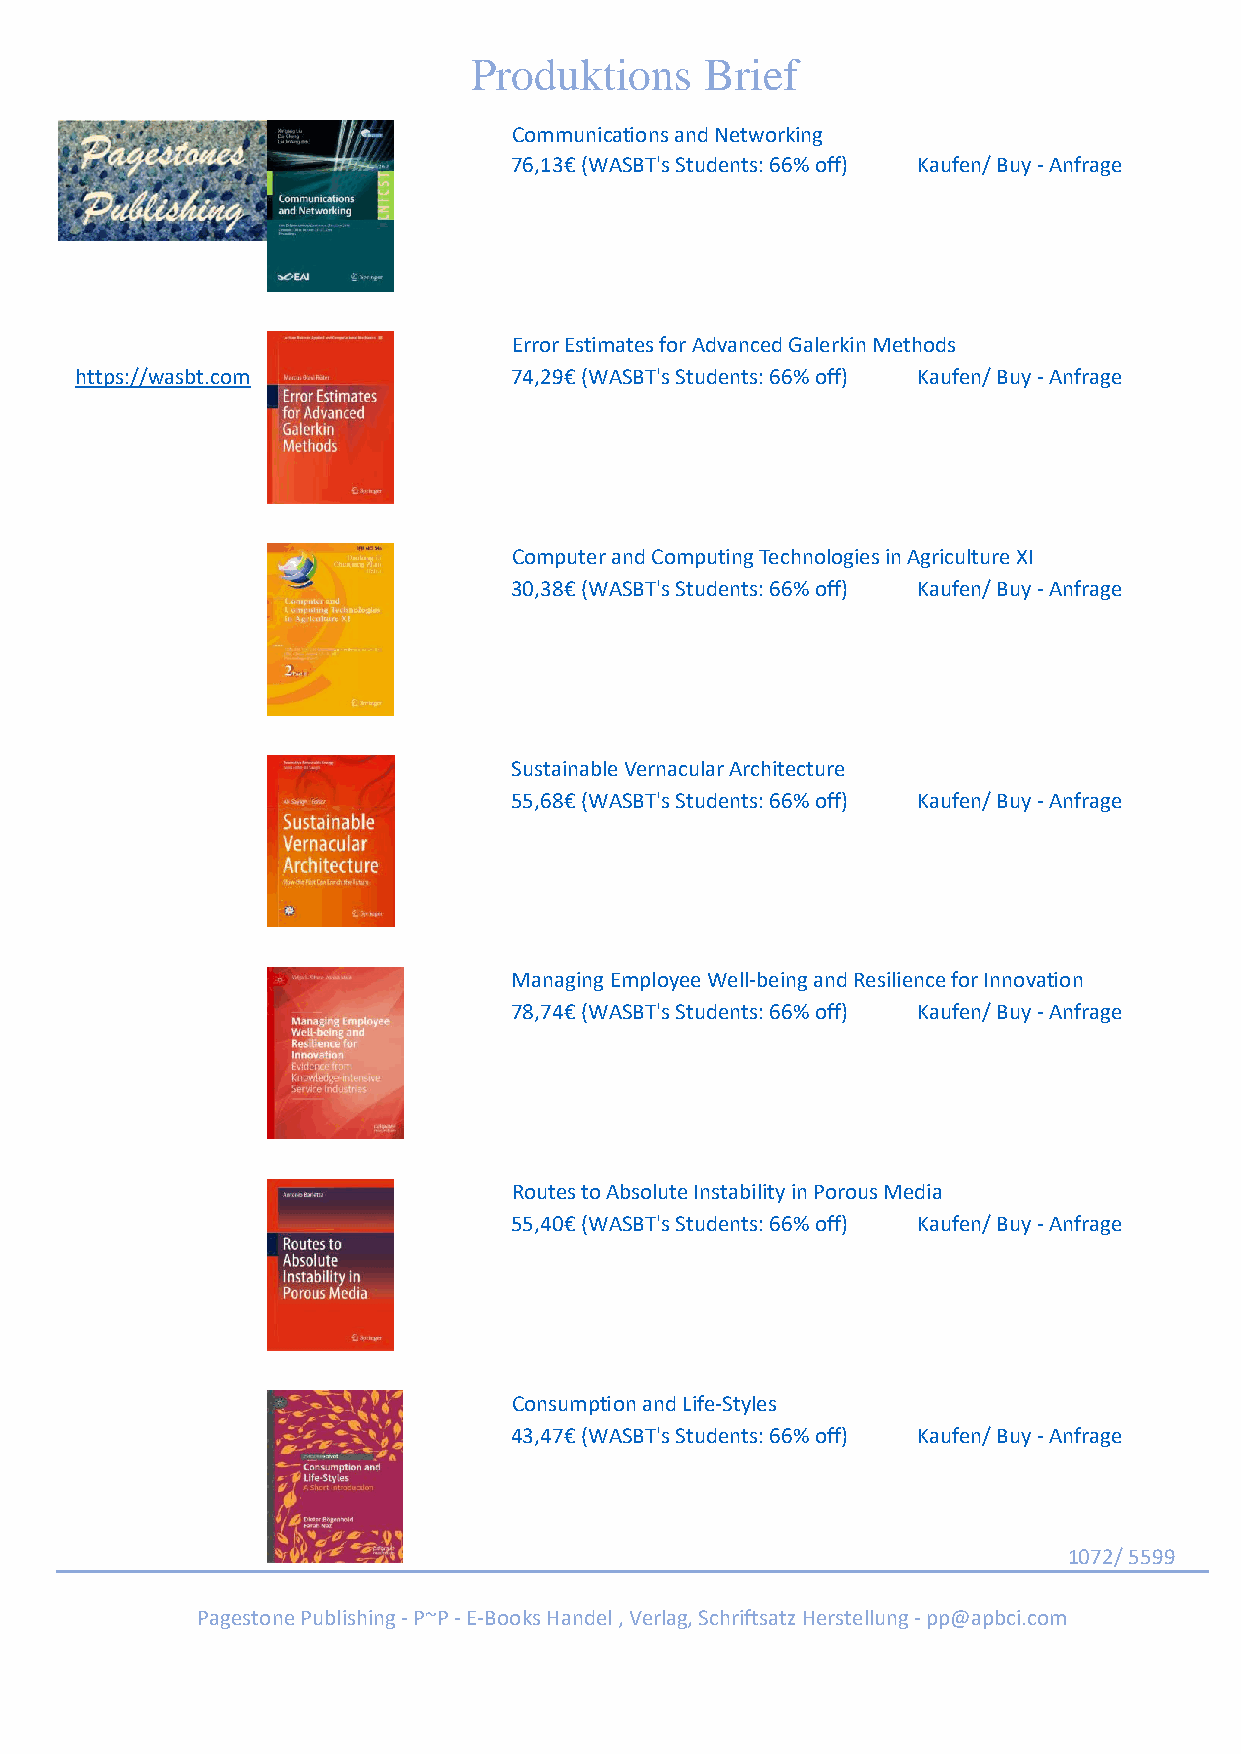
Produktions     Brief
 Communications and Networking
 76,13€ (WASBT's Students: 66% off) Kaufen/ Buy - Anfrage
 Error Estimates for Advanced Galerkin Methods
 https://wasbt.com            74,29€ (WASBT's Students: 66% off) Kaufen/ Buy - Anfrage
 Computer and Computing Technologies in Agriculture XI
 30,38€ (WASBT's Students: 66% off) Kaufen/ Buy - Anfrage
 Sustainable Vernacular Architecture
 55,68€ (WASBT's Students: 66% off) Kaufen/ Buy - Anfrage
 Managing Employee Well-being and Resilience for Innovation
 78,74€ (WASBT's Students: 66% off) Kaufen/ Buy - Anfrage
 Routes to Absolute Instability in Porous Media
 55,40€ (WASBT's Students: 66% off) Kaufen/ Buy - Anfrage
 Consumption and Life-Styles
 43,47€ (WASBT's Students: 66% off) Kaufen/ Buy - Anfrage
 1072/ 5599
 Pagestone Publishing - P~P - E-Books Handel , Verlag, Schriftsatz Herstellung - pp@apbci.com